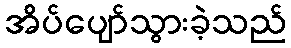
အိပ်ပျော်သွားခဲ့သည်